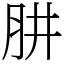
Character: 肼